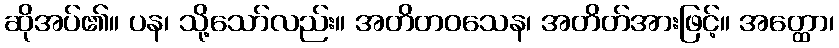
ဆိုအပ်၏။ ပန၊ သို့သော်လည်း။ အတိတဝသေန၊ အတိတ်အားဖြင့်။ အတ္ထော၊